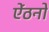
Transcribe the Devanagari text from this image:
ऐंठनों